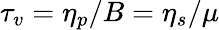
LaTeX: \tau_{v}=\eta_{p}/B=\eta_{s}/\mu